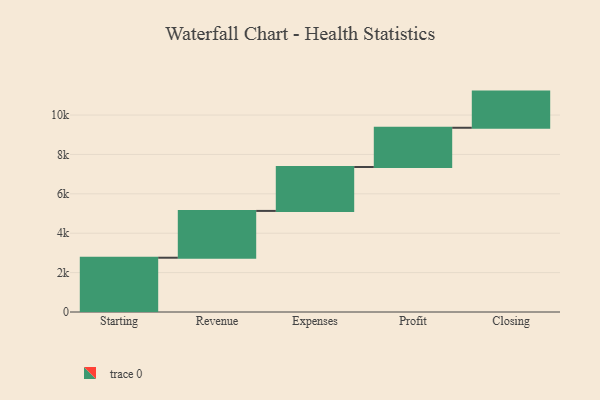
{"axis": {"x": "Step", "y": "Value"}, "legend": [""], "data": [{"x": "Starting", "y": 2756.0, "type": ""}, {"x": "Revenue", "y": 2377.0, "type": ""}, {"x": "Expenses", "y": 2229.0, "type": ""}, {"x": "Profit", "y": 1993.0, "type": ""}, {"x": "Closing", "y": 1836.0, "type": ""}]}